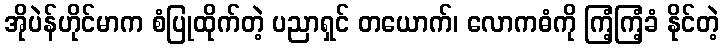
အိုပဲန်ဟိုင်မာက စံပြုထိုက်တဲ့ ပညာရှင် တယောက်၊ လောကဓံကို ကြံ့ကြံ့ခံ နိုင်တဲ့